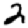
Digit: 2